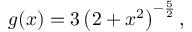
g ( x ) = 3 \left( 2 + x ^ { 2 } \right) ^ { - { \frac { 5 } { 2 } } } ,